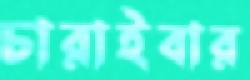
চারাইবার